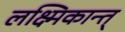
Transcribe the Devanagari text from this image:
लक्ष्मिकान्त्